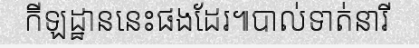
កីឡដ្ឋាននេះផងដែរ៕បាល់ទាត់នារី